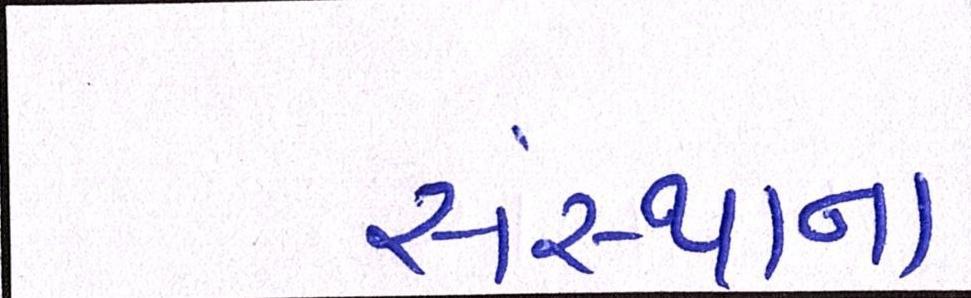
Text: સંસ્થાના